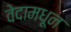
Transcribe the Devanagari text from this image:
वेदामधून